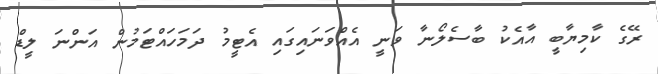
ރޭގެ ކާމިޔާބީ އާއެކު ބާސެލޯނާ ވަނީ އެއްވަނައިގައި އެޓީމު ދަމަހައްޓަމުން އަންނަ ލީޑް